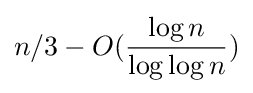
n/3-O({\frac {\log n}{\log \log n}})